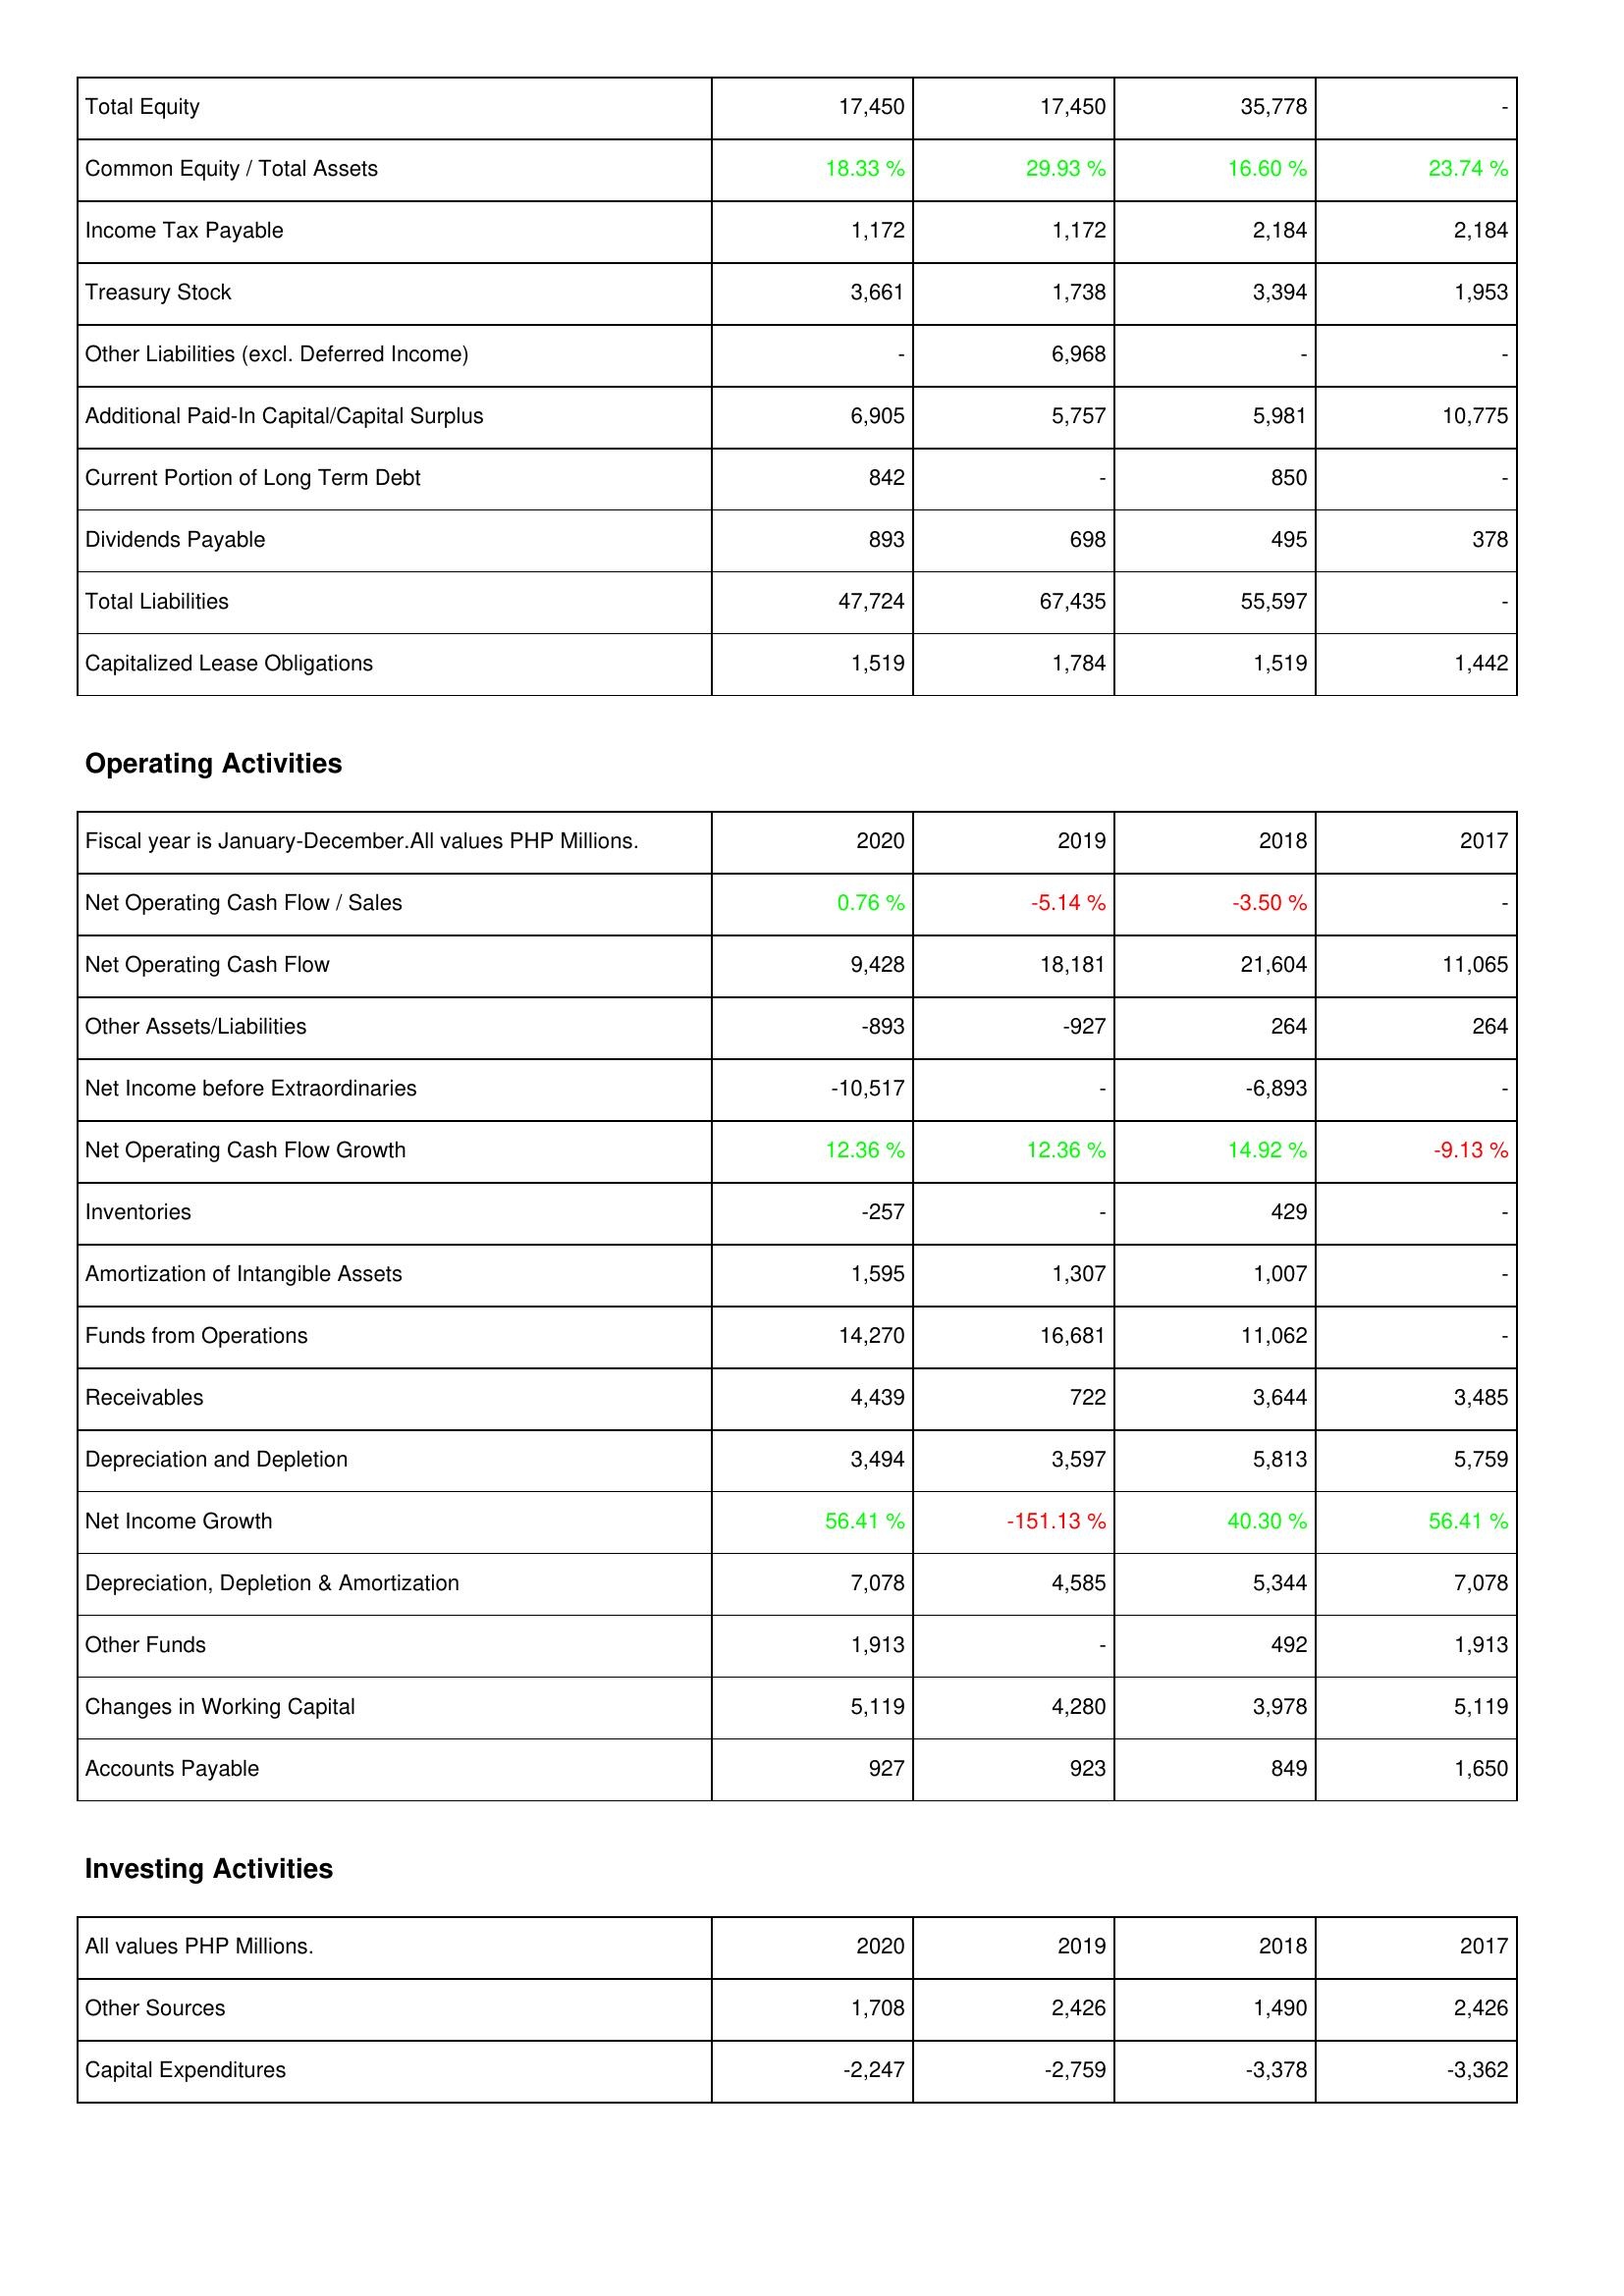
2020: Liabilities & Shareholders' Equity: Total Equity: 17,450
Common Equity / Total Assets: 18.33 %
Income Tax Payable: 1,172
Treasury Stock: 3,661
Other Liabilities (excl. Deferred Income): -
Additional Paid-In Capital/Capital Surplus: 6,905
Current Portion of Long Term Debt: 842
Dividends Payable: 893
Total Liabilities: 47,724
Capitalized Lease Obligations: 1,519
Operating Activities: Net Operating Cash Flow / Sales: 0.76 %
Net Operating Cash Flow: 9,428
Other Assets/Liabilities: -893
Net Income before Extraordinaries: -10,517
Net Operating Cash Flow Growth: 12.36 %
Inventories: -257
Amortization of Intangible Assets: 1,595
Funds from Operations: 14,270
Receivables: 4,439
Depreciation and Depletion: 3,494
Net Income Growth: 56.41 %
Depreciation, Depletion & Amortization: 7,078
Other Funds: 1,913
Changes in Working Capital: 5,119
Accounts Payable: 927
Investing Activities: Other Sources: 1,708
Capital Expenditures: -2,247
2019: Liabilities & Shareholders' Equity: Total Equity: 17,450
Common Equity / Total Assets: 29.93 %
Income Tax Payable: 1,172
Treasury Stock: 1,738
Other Liabilities (excl. Deferred Income): 6,968
Additional Paid-In Capital/Capital Surplus: 5,757
Current Portion of Long Term Debt: -
Dividends Payable: 698
Total Liabilities: 67,435
Capitalized Lease Obligations: 1,784
Operating Activities: Net Operating Cash Flow / Sales: -5.14 %
Net Operating Cash Flow: 18,181
Other Assets/Liabilities: -927
Net Income before Extraordinaries: -
Net Operating Cash Flow Growth: 12.36 %
Inventories: -
Amortization of Intangible Assets: 1,307
Funds from Operations: 16,681
Receivables: 722
Depreciation and Depletion: 3,597
Net Income Growth: -151.13 %
Depreciation, Depletion & Amortization: 4,585
Other Funds: -
Changes in Working Capital: 4,280
Accounts Payable: 923
Investing Activities: Other Sources: 2,426
Capital Expenditures: -2,759
2018: Liabilities & Shareholders' Equity: Total Equity: 35,778
Common Equity / Total Assets: 16.60 %
Income Tax Payable: 2,184
Treasury Stock: 3,394
Other Liabilities (excl. Deferred Income): -
Additional Paid-In Capital/Capital Surplus: 5,981
Current Portion of Long Term Debt: 850
Dividends Payable: 495
Total Liabilities: 55,597
Capitalized Lease Obligations: 1,519
Operating Activities: Net Operating Cash Flow / Sales: -3.50 %
Net Operating Cash Flow: 21,604
Other Assets/Liabilities: 264
Net Income before Extraordinaries: -6,893
Net Operating Cash Flow Growth: 14.92 %
Inventories: 429
Amortization of Intangible Assets: 1,007
Funds from Operations: 11,062
Receivables: 3,644
Depreciation and Depletion: 5,813
Net Income Growth: 40.30 %
Depreciation, Depletion & Amortization: 5,344
Other Funds: 492
Changes in Working Capital: 3,978
Accounts Payable: 849
Investing Activities: Other Sources: 1,490
Capital Expenditures: -3,378
2017: Liabilities & Shareholders' Equity: Total Equity: -
Common Equity / Total Assets: 23.74 %
Income Tax Payable: 2,184
Treasury Stock: 1,953
Other Liabilities (excl. Deferred Income): -
Additional Paid-In Capital/Capital Surplus: 10,775
Current Portion of Long Term Debt: -
Dividends Payable: 378
Total Liabilities: -
Capitalized Lease Obligations: 1,442
Operating Activities: Net Operating Cash Flow / Sales: -
Net Operating Cash Flow: 11,065
Other Assets/Liabilities: 264
Net Income before Extraordinaries: -
Net Operating Cash Flow Growth: -9.13 %
Inventories: -
Amortization of Intangible Assets: -
Funds from Operations: -
Receivables: 3,485
Depreciation and Depletion: 5,759
Net Income Growth: 56.41 %
Depreciation, Depletion & Amortization: 7,078
Other Funds: 1,913
Changes in Working Capital: 5,119
Accounts Payable: 1,650
Investing Activities: Other Sources: 2,426
Capital Expenditures: -3,362